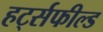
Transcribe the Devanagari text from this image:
हर्ट्सफील्ड